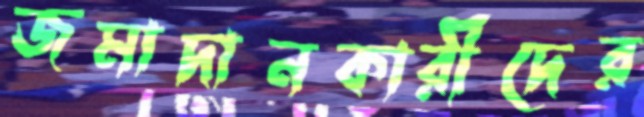
জমাদানকারীদের